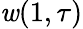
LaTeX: \mathit{w}(1,\tau)